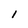
Character: l